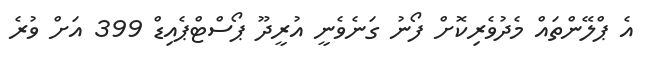
އެ ޕްލޭންތައް މެދުވެރިކޮށް ފޯނު ގަނެވެނީ އުރީދޫ ޕޯސްޓްޕެއިޑް 399 އަށް ވުރެ